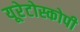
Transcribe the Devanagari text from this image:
यूरेटोस्कोपी